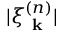
| \xi _ { \textbf { k } } ^ { ( n ) } |